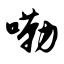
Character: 嘞